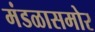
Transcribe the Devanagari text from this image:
मंडळासमोर